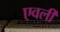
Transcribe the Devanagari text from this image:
एवर्ली